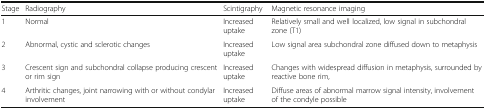
<table><thead><tr><td><b>Stage</b></td><td><b>Radiography</b></td><td><b>Scintigraphy</b></td><td><b>Magnetic resonance imaging</b></td></tr></thead><tbody><tr><td>1</td><td>Normal</td><td>Increased uptake</td><td>Relatively small and well localized, low signal in subchondral zone (T1)</td></tr><tr><td>2</td><td>Abnormal, cystic and sclerotic changes</td><td>Increased uptake</td><td>Low signal area subchondral zone diffused down to metaphysis</td></tr><tr><td>3</td><td>Crescent sign and subchondral collapse producing crescent or rim sign</td><td>Increased uptake</td><td>Changes with widespread diffusion in metaphysis, surrounded by reactive bone rim,</td></tr><tr><td>4</td><td>Arthritic changes, joint narrowing with or without condylar involvement</td><td>Increased uptake</td><td>Diffuse areas of abnormal marrow signal intensity, involvement of the condyle possible</td></tr></tbody></table>